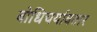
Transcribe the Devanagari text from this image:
बोधिचर्यावतार